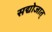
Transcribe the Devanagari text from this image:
सद्योजात्